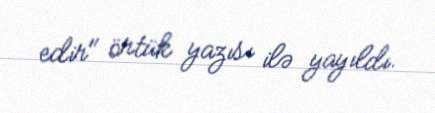
edir" örtük yazısı ilə yayıldı.